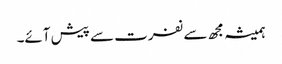
ہمیشہ مجھ سے نفرت سے پیش آئے۔